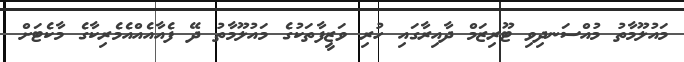
މައުލޫމާތު މުއްސަނދިވި ޓޫރިޒަމް ދާއިރާގައި ހުރި ވަޒީފާތަކުގެ މައުލޫމާތު ދޭ ފެއާއެއްއެމެރިކާގެ މާކެޓަށް